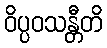
ဝိပ္ပဝသန္တီတိ